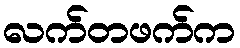
လက်တဖက်က